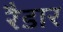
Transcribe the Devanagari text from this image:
रैडार